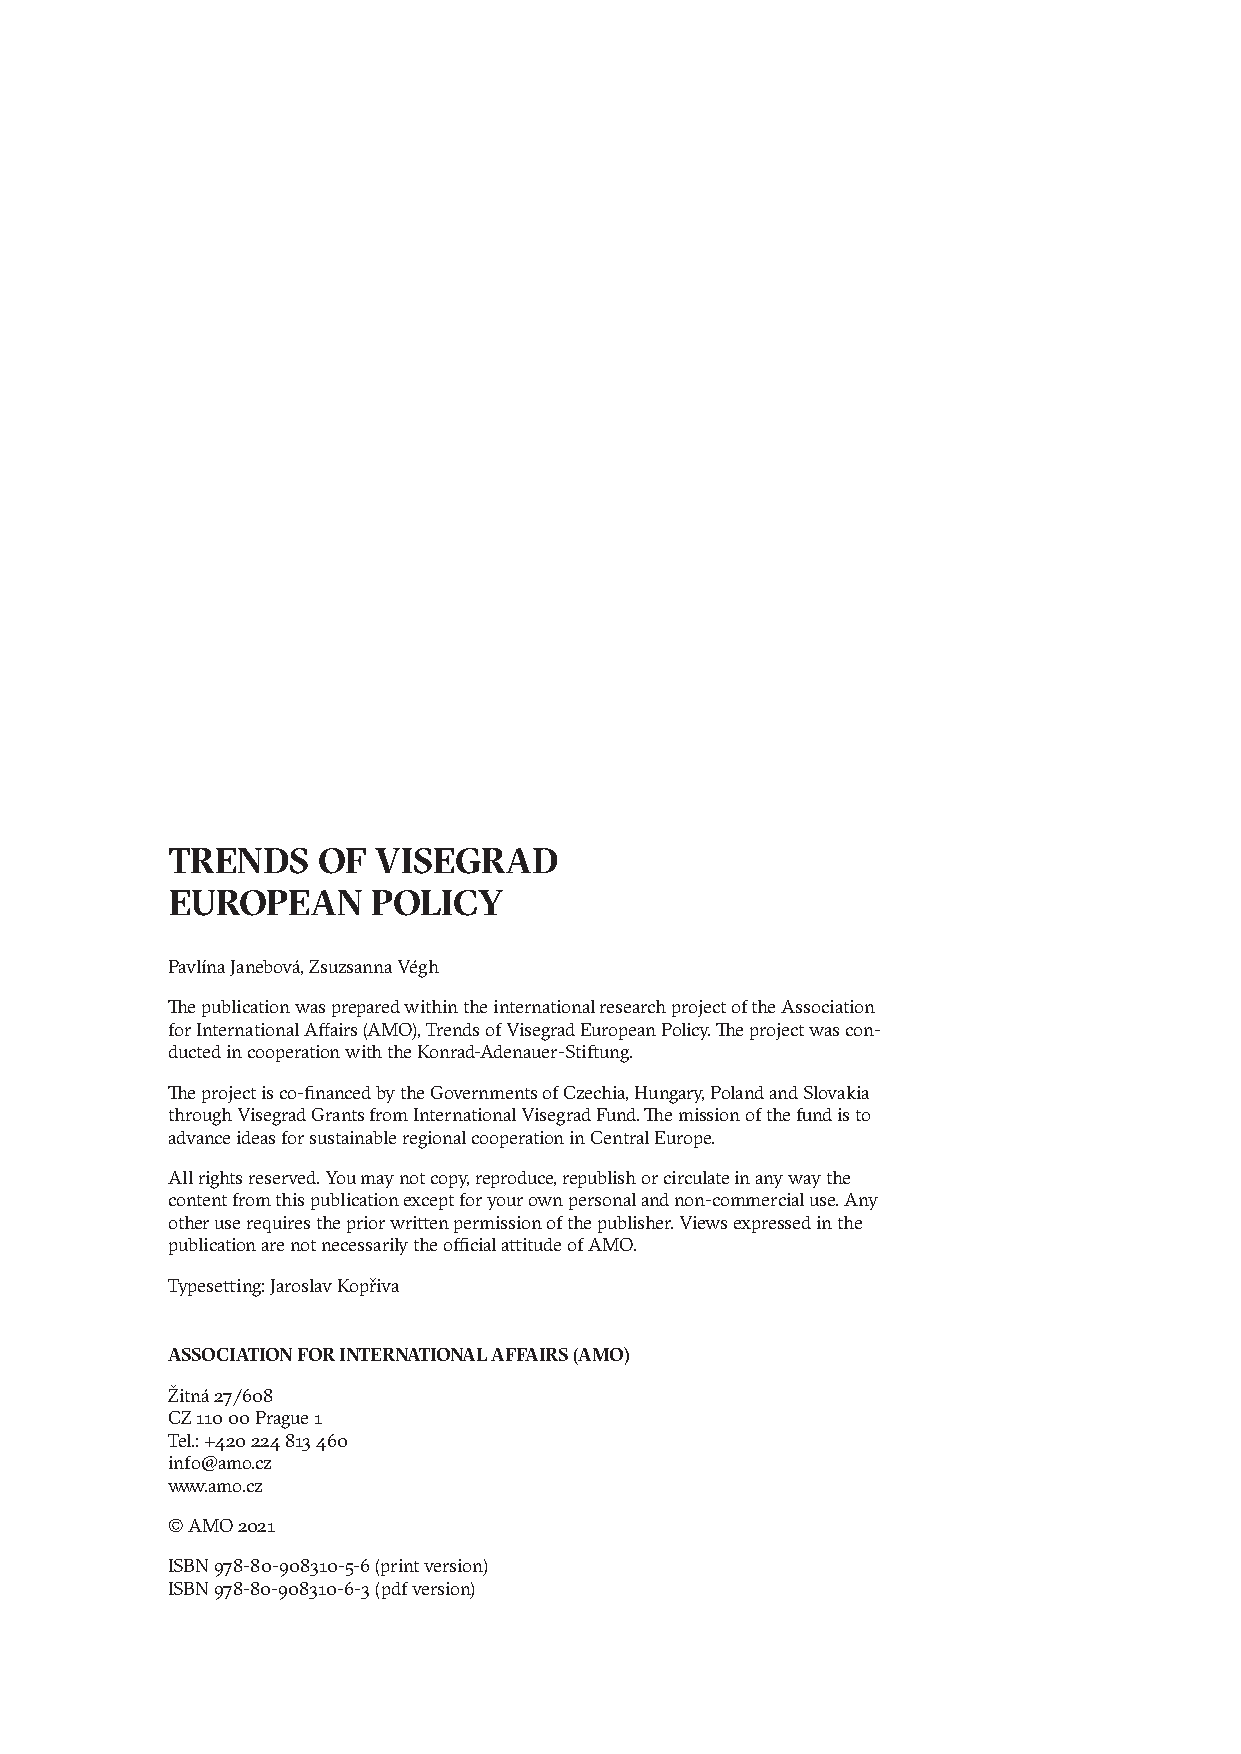
TRENDS    OF  VISEGRAD
 EUROPEAN      POLICY
 Pavlína Janebová, Zsuzsanna Végh
 The publication was prepared within the international research project of the Association
 for International Affairs (AMO), Trends of Visegrad European Policy. The project was con-
 ducted in cooperation with the Konrad-Adenauer-Stiftung.
 The project is co-financed by the Governments of Czechia, Hungary, Poland and Slovakia
 through Visegrad Grants from International Visegrad Fund. The mission of the fund is to
 advance ideas for sustainable regional cooperation in Central Europe.
 All rights reserved. You may not copy, reproduce, republish or circulate in any way the
 content from this publication except for your own personal and non-commercial use. Any
 other use requires the prior written permission of the publisher. Views expressed in the
 publication are not necessarily the official attitude of AMO.
 Typesetting: Jaroslav Kopřiva
 ASSOCIATION FOR INTERNATIONAL AFFAIRS (AMO)
 Žitná 27/608
 CZ 110 00 Prague 1
 Tel.: +420 224 813 460
 info@amo.cz
 www.amo.cz
 © AMO 2021
 ISBN 978-80-908310-5-6 (print version)
 ISBN 978-80-908310-6-3 (pdf version)